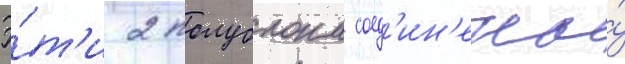
Э́т'и 2 полублока соед'ин'ены́